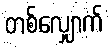
တစ်လျှောက်